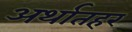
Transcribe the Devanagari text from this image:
अर्थातहर